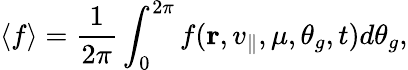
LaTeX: \langle f\rangle=\frac{1}{2\pi}\int_{0}^{2\pi}f(\mathbf{r},v_{\parallel},\mu,\theta_{g},t)d\theta_{g},